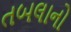
તબલાનો